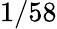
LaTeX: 1/58